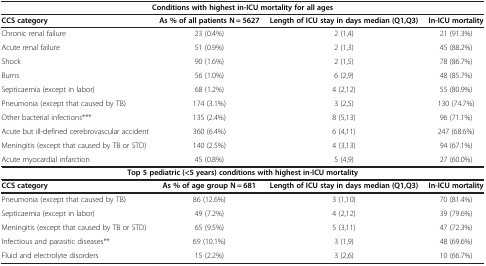
<table><thead><tr><td colspan="4"><b>Conditions with highest in-ICU mortality for all ages</b></td></tr><tr><td><b>CCS category</b></td><td><b>As % of all patients N = 5627</b></td><td><b>Length of ICU stay in days median (Q1,Q3)</b></td><td><b>In-ICU mortality</b></td></tr></thead><tbody><tr><td>Chronic renal failure</td><td>23 (0.4%)</td><td>2 (1,4)</td><td>21 (91.3%)</td></tr><tr><td>Acute renal failure</td><td>51 (0.9%)</td><td>2 (1,3)</td><td>45 (88.2%)</td></tr><tr><td>Shock</td><td>90 (1.6%)</td><td>2 (1,5)</td><td>78 (86.7%)</td></tr><tr><td>Burns</td><td>56 (1.0%)</td><td>6 (2,9)</td><td>48 (85.7%)</td></tr><tr><td>Septicaemia (except in labor)</td><td>68 (1.2%)</td><td>4 (2,12)</td><td>55 (80.9%)</td></tr><tr><td>Pneumonia (except that caused by TB)</td><td>174 (3.1%)</td><td>3 (2,5)</td><td>130 (74.7%)</td></tr><tr><td>Other bacterial infections***</td><td>135 (2.4%)</td><td>8 (5,13)</td><td>96 (71.1%)</td></tr><tr><td>Acute but ill-defined cerebrovascular accident</td><td>360 (6.4%)</td><td>6 (4,11)</td><td>247 (68.6%)</td></tr><tr><td>Meningitis (except that caused by TB or STD)</td><td>140 (2.5%)</td><td>4 (3,13)</td><td>94 (67.1%)</td></tr><tr><td>Acute myocardial infarction</td><td>45 (0.8%)</td><td>5 (4,9)</td><td>27 (60.0%)</td></tr><tr><td colspan="4"><b>Top 5 pediatric (&lt;5 years) conditions with highest in-ICU mortality</b></td></tr><tr><td><b>CCS category</b></td><td><b>As % of age group N = 681</b></td><td><b>Length of ICU stay in days median (Q1,Q3)</b></td><td><b>In-ICU mortality</b></td></tr><tr><td>Pneumonia (except that caused by TB)</td><td>86 (12.6%)</td><td>3 (1,10)</td><td>70 (81.4%)</td></tr><tr><td>Septicaemia (except in labor)</td><td>49 (7.2%)</td><td>4 (2,12)</td><td>39 (79.6%)</td></tr><tr><td>Meningitis (except that caused by TB or STD)</td><td>65 (9.5%)</td><td>5 (3,11)</td><td>47 (72.3%)</td></tr><tr><td>Infectious and parasitic diseases**</td><td>69 (10.1%)</td><td>3 (1,9)</td><td>48 (69.6%)</td></tr><tr><td>Fluid and electrolyte disorders</td><td>15 (2.2%)</td><td>3 (2,6)</td><td>10 (66.7%)</td></tr></tbody></table>